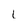
Character: l